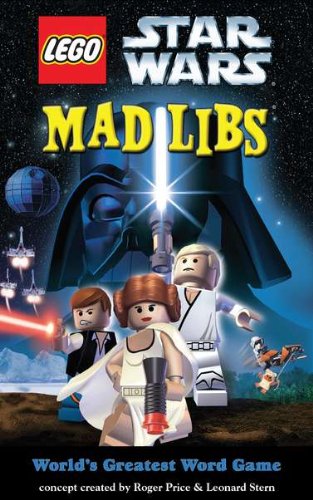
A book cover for LEGO Star Wars Mad Libs; Children's Books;